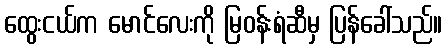
ထွေးငယ်က မောင်လေးကို မြဝန်းရံဆီမှ ပြန်ခေါ်သည်။